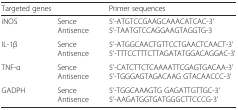
<table><thead><tr><td><b>Targeted genes</b></td><td></td><td><b>Primer sequences</b></td></tr></thead><tbody><tr><td>iNOS</td><td>Sence Antisence</td><td>5&#x27;-ATGTCCGAAGCAAACATCAC-3&#x27; 5&#x27;-TAATGTCCAGGAAGTAGGTG-3</td></tr><tr><td>IL-1β</td><td>Sence Antisence</td><td>5&#x27;-ATGGCAACTGTTCCTGAACTCAACT-3&#x27; 5&#x27;-TTTCCTTTCTTAGATATGGACAGGAC-3&#x27;</td></tr><tr><td>TNF-α</td><td>Sence Antisence</td><td>5&#x27;-CATCTTCTCAAAATTCGAGTGACAA-3&#x27; 5&#x27;-TGGGAGTAGACAAG GTACAACCC-3&#x27;</td></tr><tr><td>GADPH</td><td>Sence Antisence</td><td>5&#x27;-TGGCAAAGTG GAGATTGTTGC-3&#x27; 5&#x27;-AAGATGGTGATGGGCTTCCCG-3&#x27;</td></tr></tbody></table>